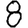
Digit: 8